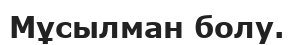
Мұсылман болу.